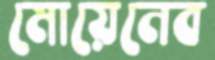
মোয়েনেব